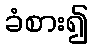
ခံစား၍